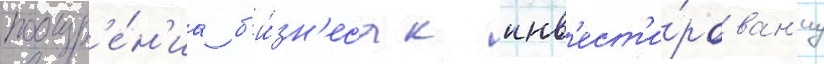
поощр'е́н'иа б'и́зн'еса к инв'ест'и́рован'иу